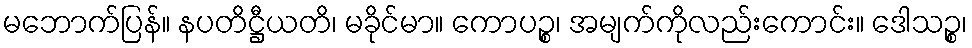
မဘောက်ပြန်။ နပတိဋ္ဌီယတိ၊ မခိုင်မာ။ ကောပဉ္စ၊ အမျက်ကိုလည်းကောင်း။ ဒေါသဉ္စ၊